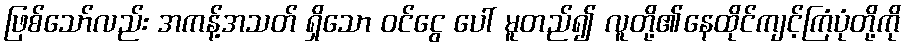
ဖြစ်သော်လည်း အကန့်အသတ် ရှိသော ဝင်ငွေ ပေါ် မူတည်၍ လူတို့၏နေထိုင်ကျင့်ကြံပုံတို့ကို